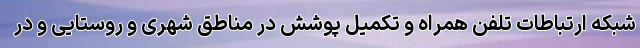
شبکه ارتباطات تلفن همراه و تکمیل پوشش در مناطق شهری و روستایی و در